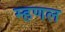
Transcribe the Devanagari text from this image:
म्हणल